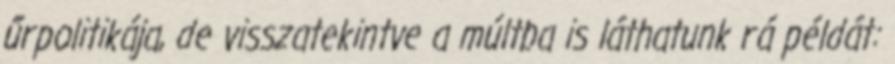
űrpolitikája, de visszatekintve a múltba is láthatunk rá példát: